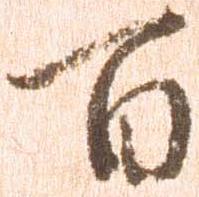
百